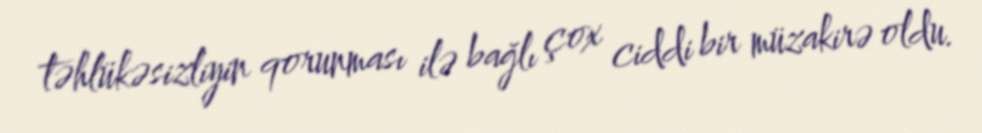
təhlükəsizliyin qorunması ilə bağlı çox ciddi bir müzakirə oldu.